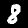
Digit: 8